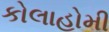
કોલાહોમી